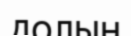
долын